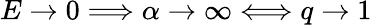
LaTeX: E\to 0\Longrightarrow\alpha\to\infty\Longleftrightarrow q\to 1